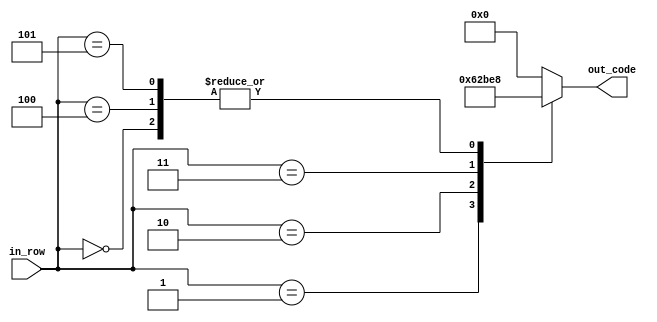
`timescale 1ns / 1ps
//////////////////////////////////////////////////////////////////////////////////
// Company: 
// Engineer: 
// 
// Design Name: 
// Module Name:    num_4 
// Project Name: 
// Target Devices: 
// Tool versions: 
// Description: 
//
// Dependencies: 
//
// Revision: 
// Revision 0.01 - File Created
// Additional Comments: 
//
//////////////////////////////////////////////////////////////////////////////////
module num_4(
    input [2:0] in_row,
    output reg [4:0] out_code
    );

parameter [4:0] d_0 = 5'b01000; //  X
parameter [4:0] d_1 = 5'b01100; //  XX
parameter [4:0] d_2 = 5'b01010; //  X X 
parameter [4:0] d_3 = 5'b11111; // XXXXX


always @ *
begin
	case (in_row)
		3'b000:
			out_code = d_0;
		3'b001:
			out_code = d_1;
		3'b010:
			out_code = d_2;
		3'b011:
			out_code = d_3;
		3'b100:
			out_code = d_0;
		3'b101:
			out_code = d_0;
		default:
			out_code = 5'b0;
	endcase
end


endmodule